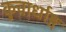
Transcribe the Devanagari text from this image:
कुचार्धाङ्ग